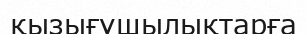
қызығушылықтарға